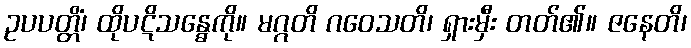
ဥပပတ္တိံ၊ ထိုပဋိသန္ဓေကို။ မဂ္ဂတိ ဂဝေသတိ၊ ရှားမှီး တတ်၏။ ဇနေတိ၊